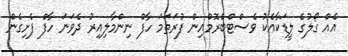
އެއް ގޯލުގެ ލީޑަކާއެކު ވެސްޓްބްރޮމްއިން ފުރަތަމަ ހާފް ނިންމާލިއިރު ދެވަނަ ހާފް ފެށިގެން